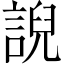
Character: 誽